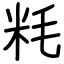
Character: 粍